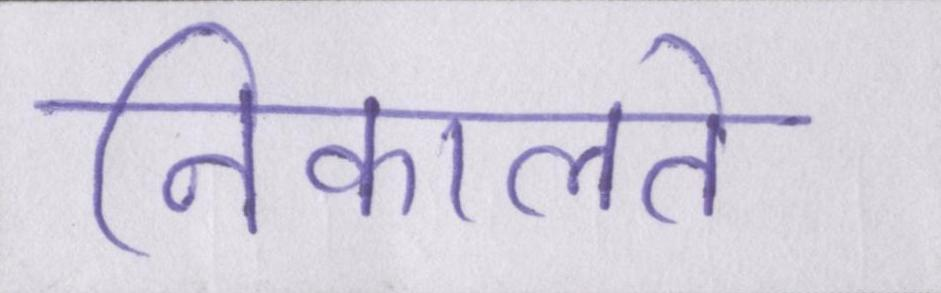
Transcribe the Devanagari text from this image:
निकालते